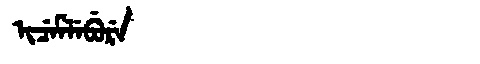
Manchu: ᡳᠴᡝᠮᠯᡝᠪᡠᡵᡝ
Romanization: ICEMLEBURE